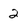
Character: 2